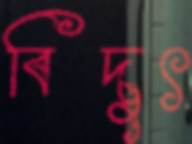
বিদুৎ